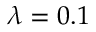
\lambda = 0 . 1